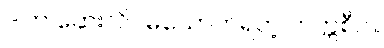
ဒါက ဆေးလိပ်မသောက်ရတဲ့ တက္ကစီပါ။